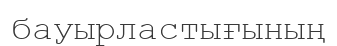
бауырластығының